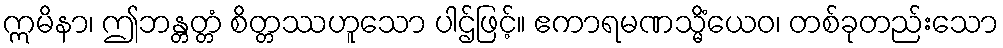
ဣမိနာ၊ ဤဘန္တတ္တံ စိတ္တဿဟူသော ပါဌ်ဖြင့်။ ဧကာရမဏသ္မိံယေဝ၊ တစ်ခုတည်းသော